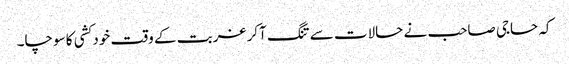
کہ حاجی صاحب نے حالات سے تنگ آکر غربت کے وقت خود کشی کا سوچا۔